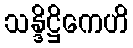
သန္ဒိဋ္ဌိကေဟိ